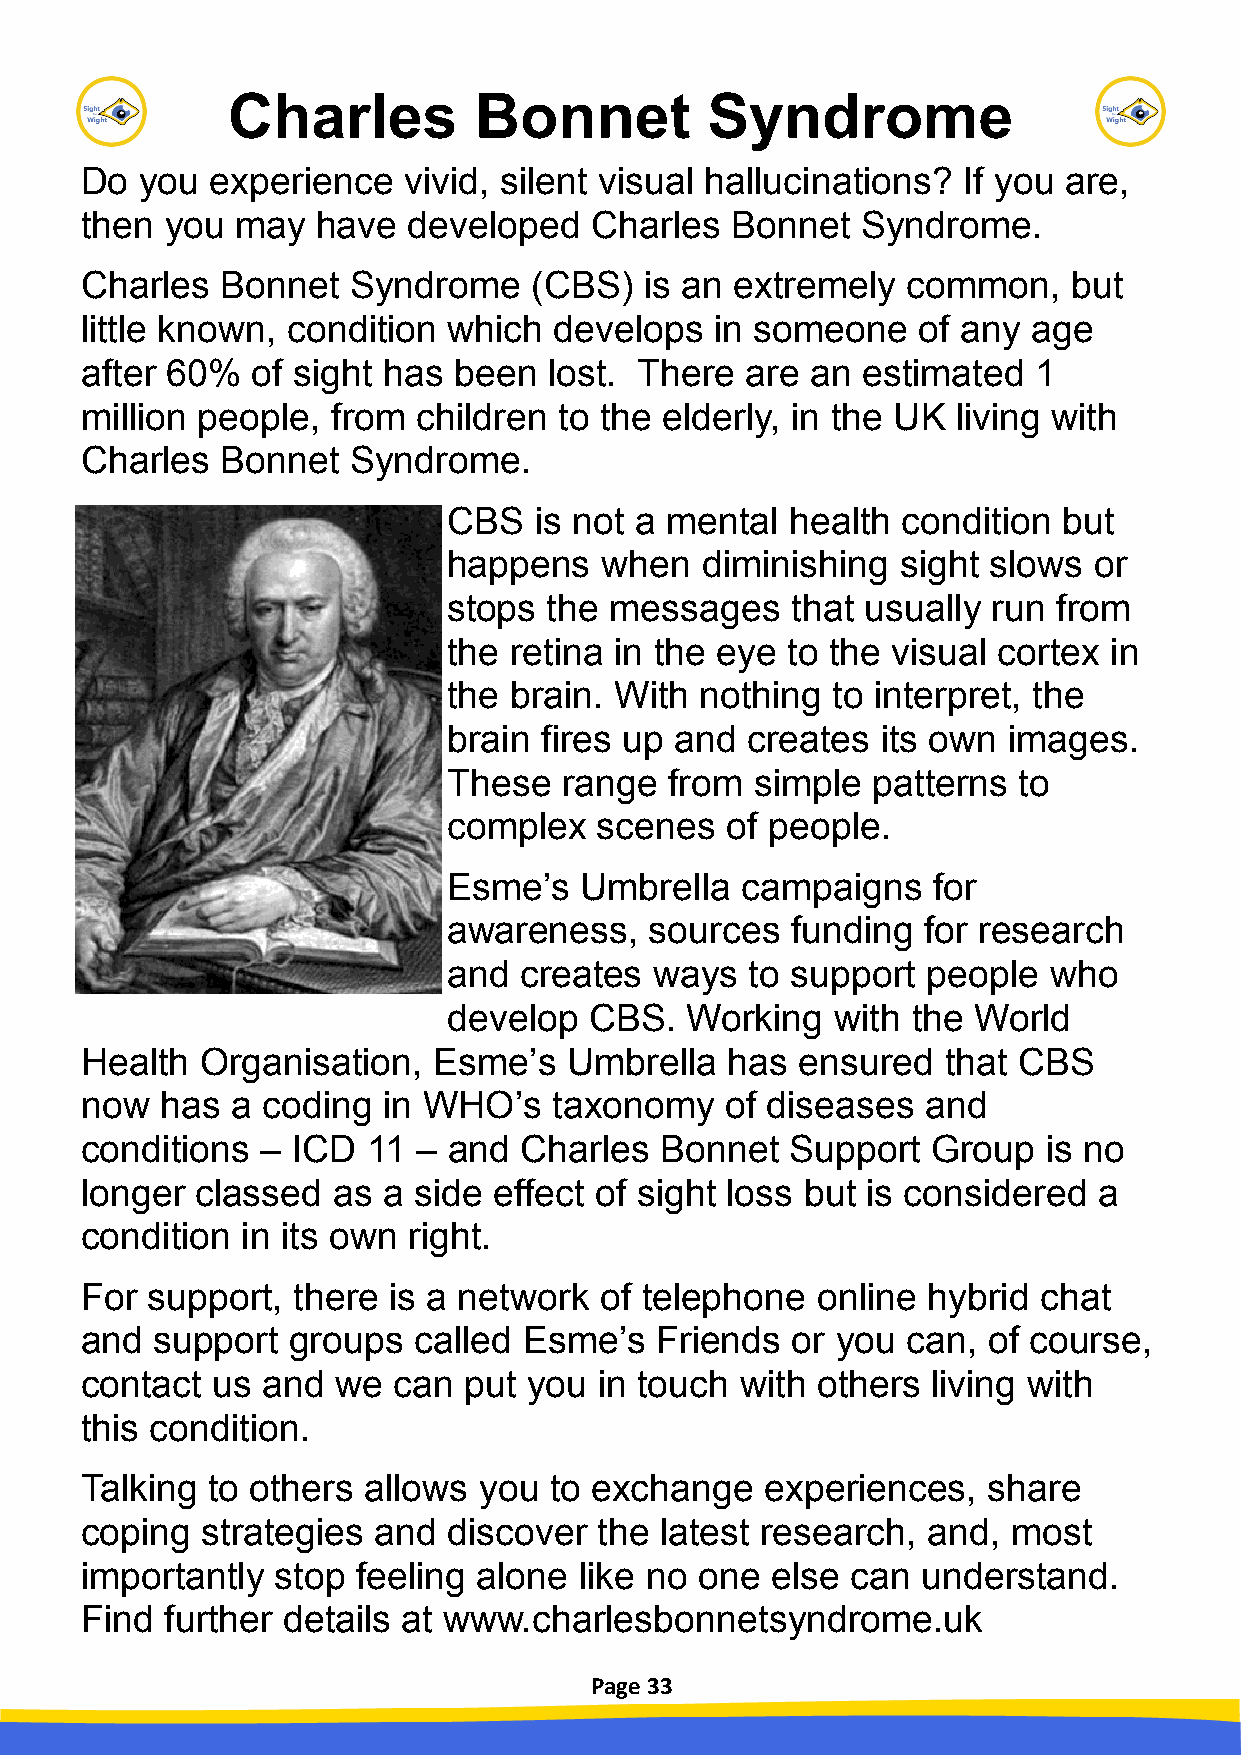
Charles         Bonnet          Syndrome
 Do  you  experience   vivid, silent visual hallucinations? If you are,
 then  you  may  have  developed   Charles  Bonnet   Syndrome.
 Charles   Bonnet  Syndrome    (CBS)   is an extremely  common,    but
 little known, condition  which  develops  in someone    of any age
 after 60%   of sight has been  lost. There  are  an estimated  1
 million people,  from  children to the elderly, in the UK living with
 Charles   Bonnet  Syndrome.
 CBS  is not a mental  health  condition but
 happens   when  diminishing   sight slows or
 stops the messages    that usually  run from
 the retina in the eye to the visual cortex in
 the brain. With nothing  to interpret, the
 brain fires up and creates  its own  images.
 These  range  from  simple  patterns to
 complex   scenes  of people.
 Esme’s  Umbrella   campaigns    for
 awareness,   sources  funding  for research
 and creates  ways   to support people  who
 develop  CBS.  Working   with the World
 Health  Organisation,   Esme’s   Umbrella  has  ensured  that CBS
 now   has a coding  in WHO’s    taxonomy   of diseases  and
 conditions  – ICD  11  – and Charles   Bonnet  Support   Group  is no
 longer  classed  as a side  effect of sight loss but is considered  a
 condition  in its own right.
 For  support, there  is a network  of telephone  online hybrid  chat
 and  support  groups  called  Esme’s  Friends  or you  can, of course,
 contact  us and  we  can  put you  in touch with others  living with
 this condition.
 Talking  to others allows  you to exchange    experiences,  share
 coping  strategies  and  discover  the latest research, and,  most
 importantly  stop  feeling alone like no one  else can  understand.
 Find  further details at www.charlesbonnetsyndrome.uk
 Page 33